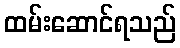
ထမ်းဆောင်ရသည်